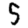
Digit: 5